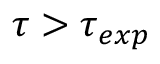
\tau > \tau _ { e x p }